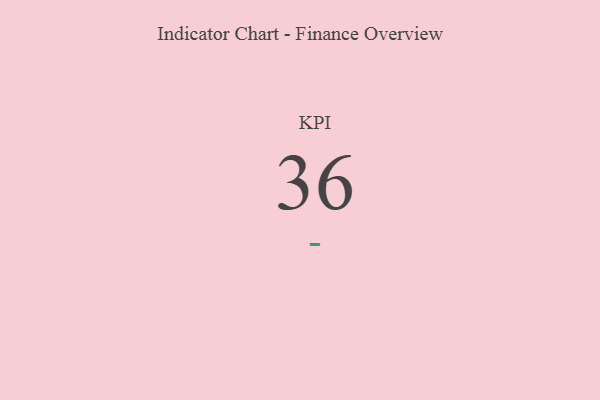
{"axis": {"x": "KPI", "y": "Value"}, "legend": [""], "data": [{"x": "KPI", "y": 36, "type": ""}]}